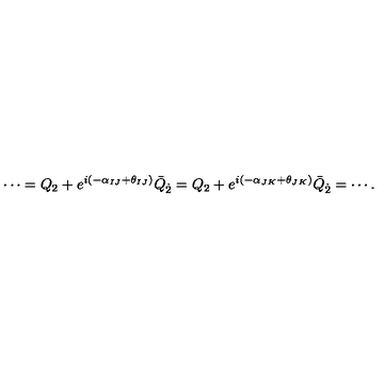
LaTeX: \cdots = Q _ { 2 } + e ^ { i ( - \alpha _ { I J } + \theta _ { I J } ) } \bar { Q } _ { \dot { 2 } } = Q _ { 2 } + e ^ { i ( - \alpha _ { J K } + \theta _ { J K } ) } \bar { Q } _ { \dot { 2 } } = \cdots .